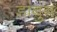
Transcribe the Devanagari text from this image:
डांबुन